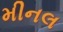
મીનલ